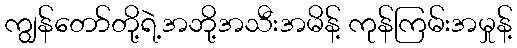
ကျွန်တော်တို့ရဲ့အဘို့အသီးအမိန့် ကုန်ကြမ်းအမှုန့်